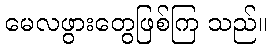
မေလဖွားတွေဖြစ်ကြ သည်။